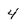
Character: 4